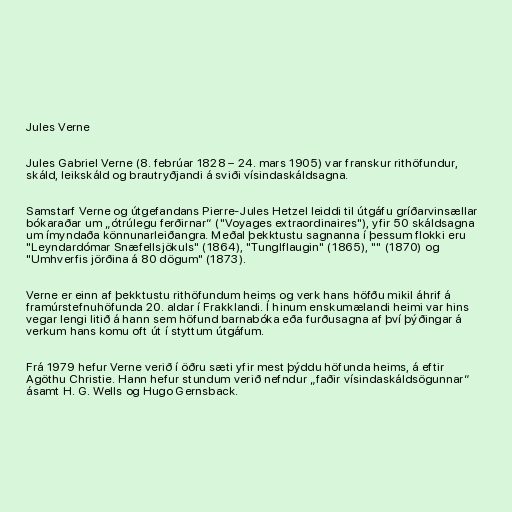
Jules Verne

Jules Gabriel Verne (8. febrúar 1828 – 24. mars 1905) var franskur rithöfundur,
skáld, leikskáld og brautryðjandi á sviði vísindaskáldsagna.

Samstarf Verne og útgefandans Pierre-Jules Hetzel leiddi til útgáfu gríðarvinsællar
bókaraðar um „ótrúlegu ferðirnar“ ("Voyages extraordinaires"), yfir 50 skáldsagna
um ímyndaða könnunarleiðangra. Meðal þekktustu sagnanna í þessum flokki eru
"Leyndardómar Snæfellsjökuls" (1864), "Tunglflaugin" (1865), "" (1870) og
"Umhverfis jörðina á 80 dögum" (1873).

Verne er einn af þekktustu rithöfundum heims og verk hans höfðu mikil áhrif á
framúrstefnuhöfunda 20. aldar í Frakklandi. Í hinum enskumælandi heimi var hins
vegar lengi litið á hann sem höfund barnabóka eða furðusagna af því þýðingar á
verkum hans komu oft út í styttum útgáfum.

Frá 1979 hefur Verne verið í öðru sæti yfir mest þýddu höfunda heims, á eftir
Agöthu Christie. Hann hefur stundum verið nefndur „faðir vísindaskáldsögunnar“
ásamt H. G. Wells og Hugo Gernsback.